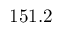
1 5 1 . 2